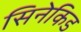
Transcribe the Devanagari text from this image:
सिनेकिड